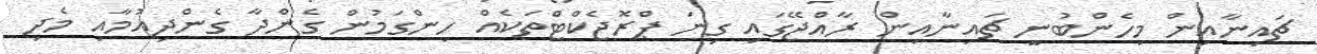
ޗައިނާއިން މިހެންބުނީ ޗައިނާއިން ރާއްޖޭގައި ގިނަ ޕްރޮޖެކްޓްތަކެއް ހިންގަމުން ގެންދާ ގެންދިއުމާއި މެދި